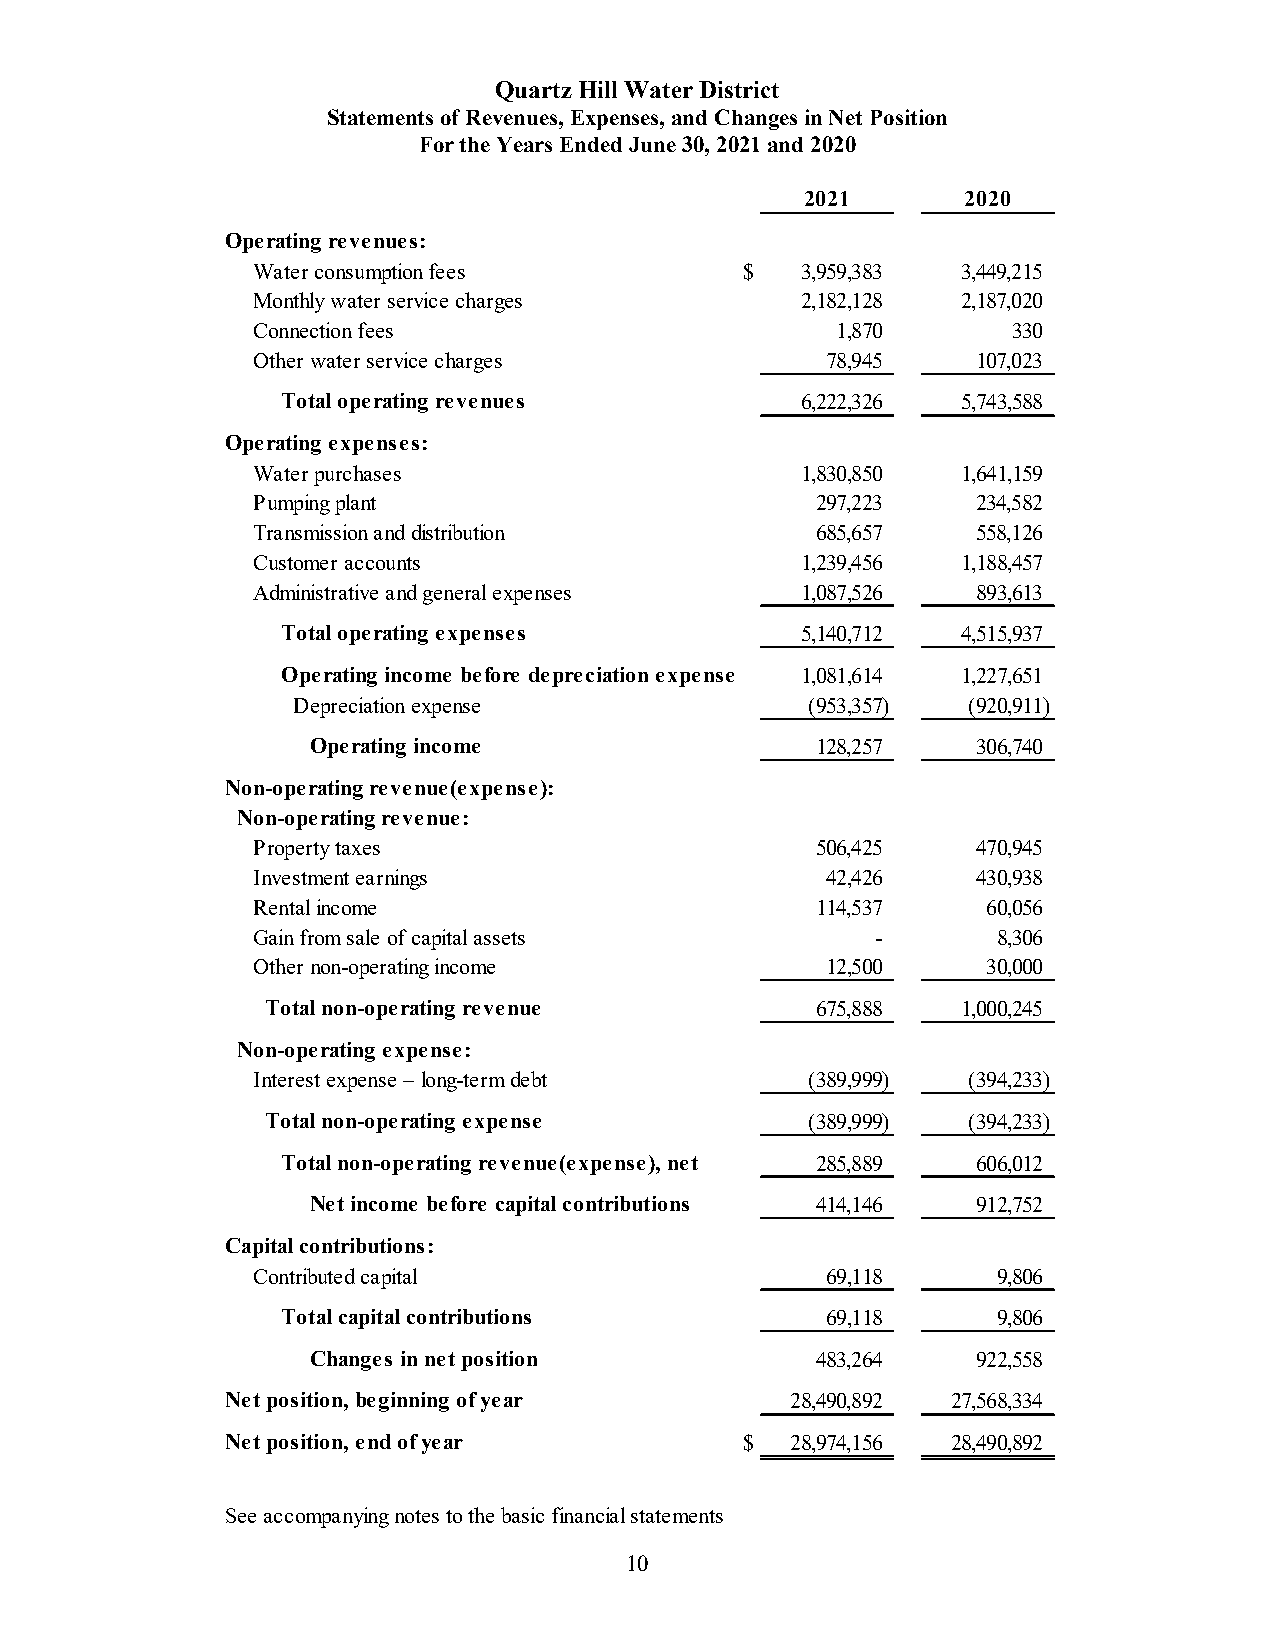
Quartz Hill Water District
 Statements of Revenues, Expenses, and Changes in Net Position
 For the Years Ended June 30, 2021 and 2020
 2021       2020
 Operating revenues:
 Water consumption fees          $   3,959,383  3,449,215
 Monthly water service charges       2,182,128  2,187,020
 Connection fees                       1,870       330
 Other water service charges           78,945    107,023
 Total operating revenues          6,222,326  5,743,588
 Operating expenses:
 Water purchases                     1,830,850  1,641,159
 Pumping plant                        297,223    234,582
 Transmission and distribution        685,657    558,126
 Customer accounts                   1,239,456  1,188,457
 Administrative and general expenses 1,087,526   893,613
 Total operating expenses          5,140,712  4,515,937
 Operating income before depreciation expense 1,081,614 1,227,651
 Depreciation expense               (953,357) ( 920,911)
 Operating income                  128,257    306,740
 Non-operating revenue(expense):
 Non-operating revenue:
 Property taxes                       506,425    470,945
 Investment earnings                   42,426    430,938
 Rental income                        114,537    6 0,056
 Gain from sale of capital assets         -       8,306
 Other non-operating income            12,500    3 0,000
 Total non-operating revenue         675,888   1,000,245
 Non-operating expense:
 Interest expense – long-term debt    (389,999) ( 394,233)
 Total non-operating expense         (389,999) ( 394,233)
 Total non-operating revenue(expense), net 285,889 606,012
 Net income before capital contributions 414,146 912,752
 Capital contributions:
 Contributed capital                   69,118     9,806
 Total capital contributions         6 9,118    9,806
 Changes in net position           483,264    922,558
 Net position, beginning of year      2 8,490,892 27,568,334
 Net position, end of year         $  28,974,156 2 8,490,892
 ‐          ‐
 See accompanying notes to the basic financial statements
 10